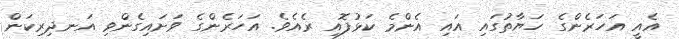
އެއީ އަހަރެންގެ ހަޔާތުގައި އައި އެންމެ ކަޅުފޮއި ރެއެވެ. އަހަރެންގެ ވަށައިގެންވި އަނދިރިކަން